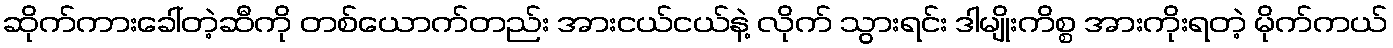
ဆိုက်ကားခေါ်တဲ့ဆီကို တစ်ယောက်တည်း အားငယ်ငယ်နဲ့ လိုက် သွားရင်း ဒါမျိုးကိစ္စ အားကိုးရတဲ့ မိုက်ကယ်